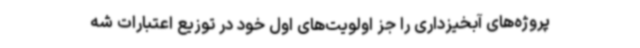
پروژه‌های آبخیزداری را جز اولویت‌های اول خود در توزیع اعتبارات شه